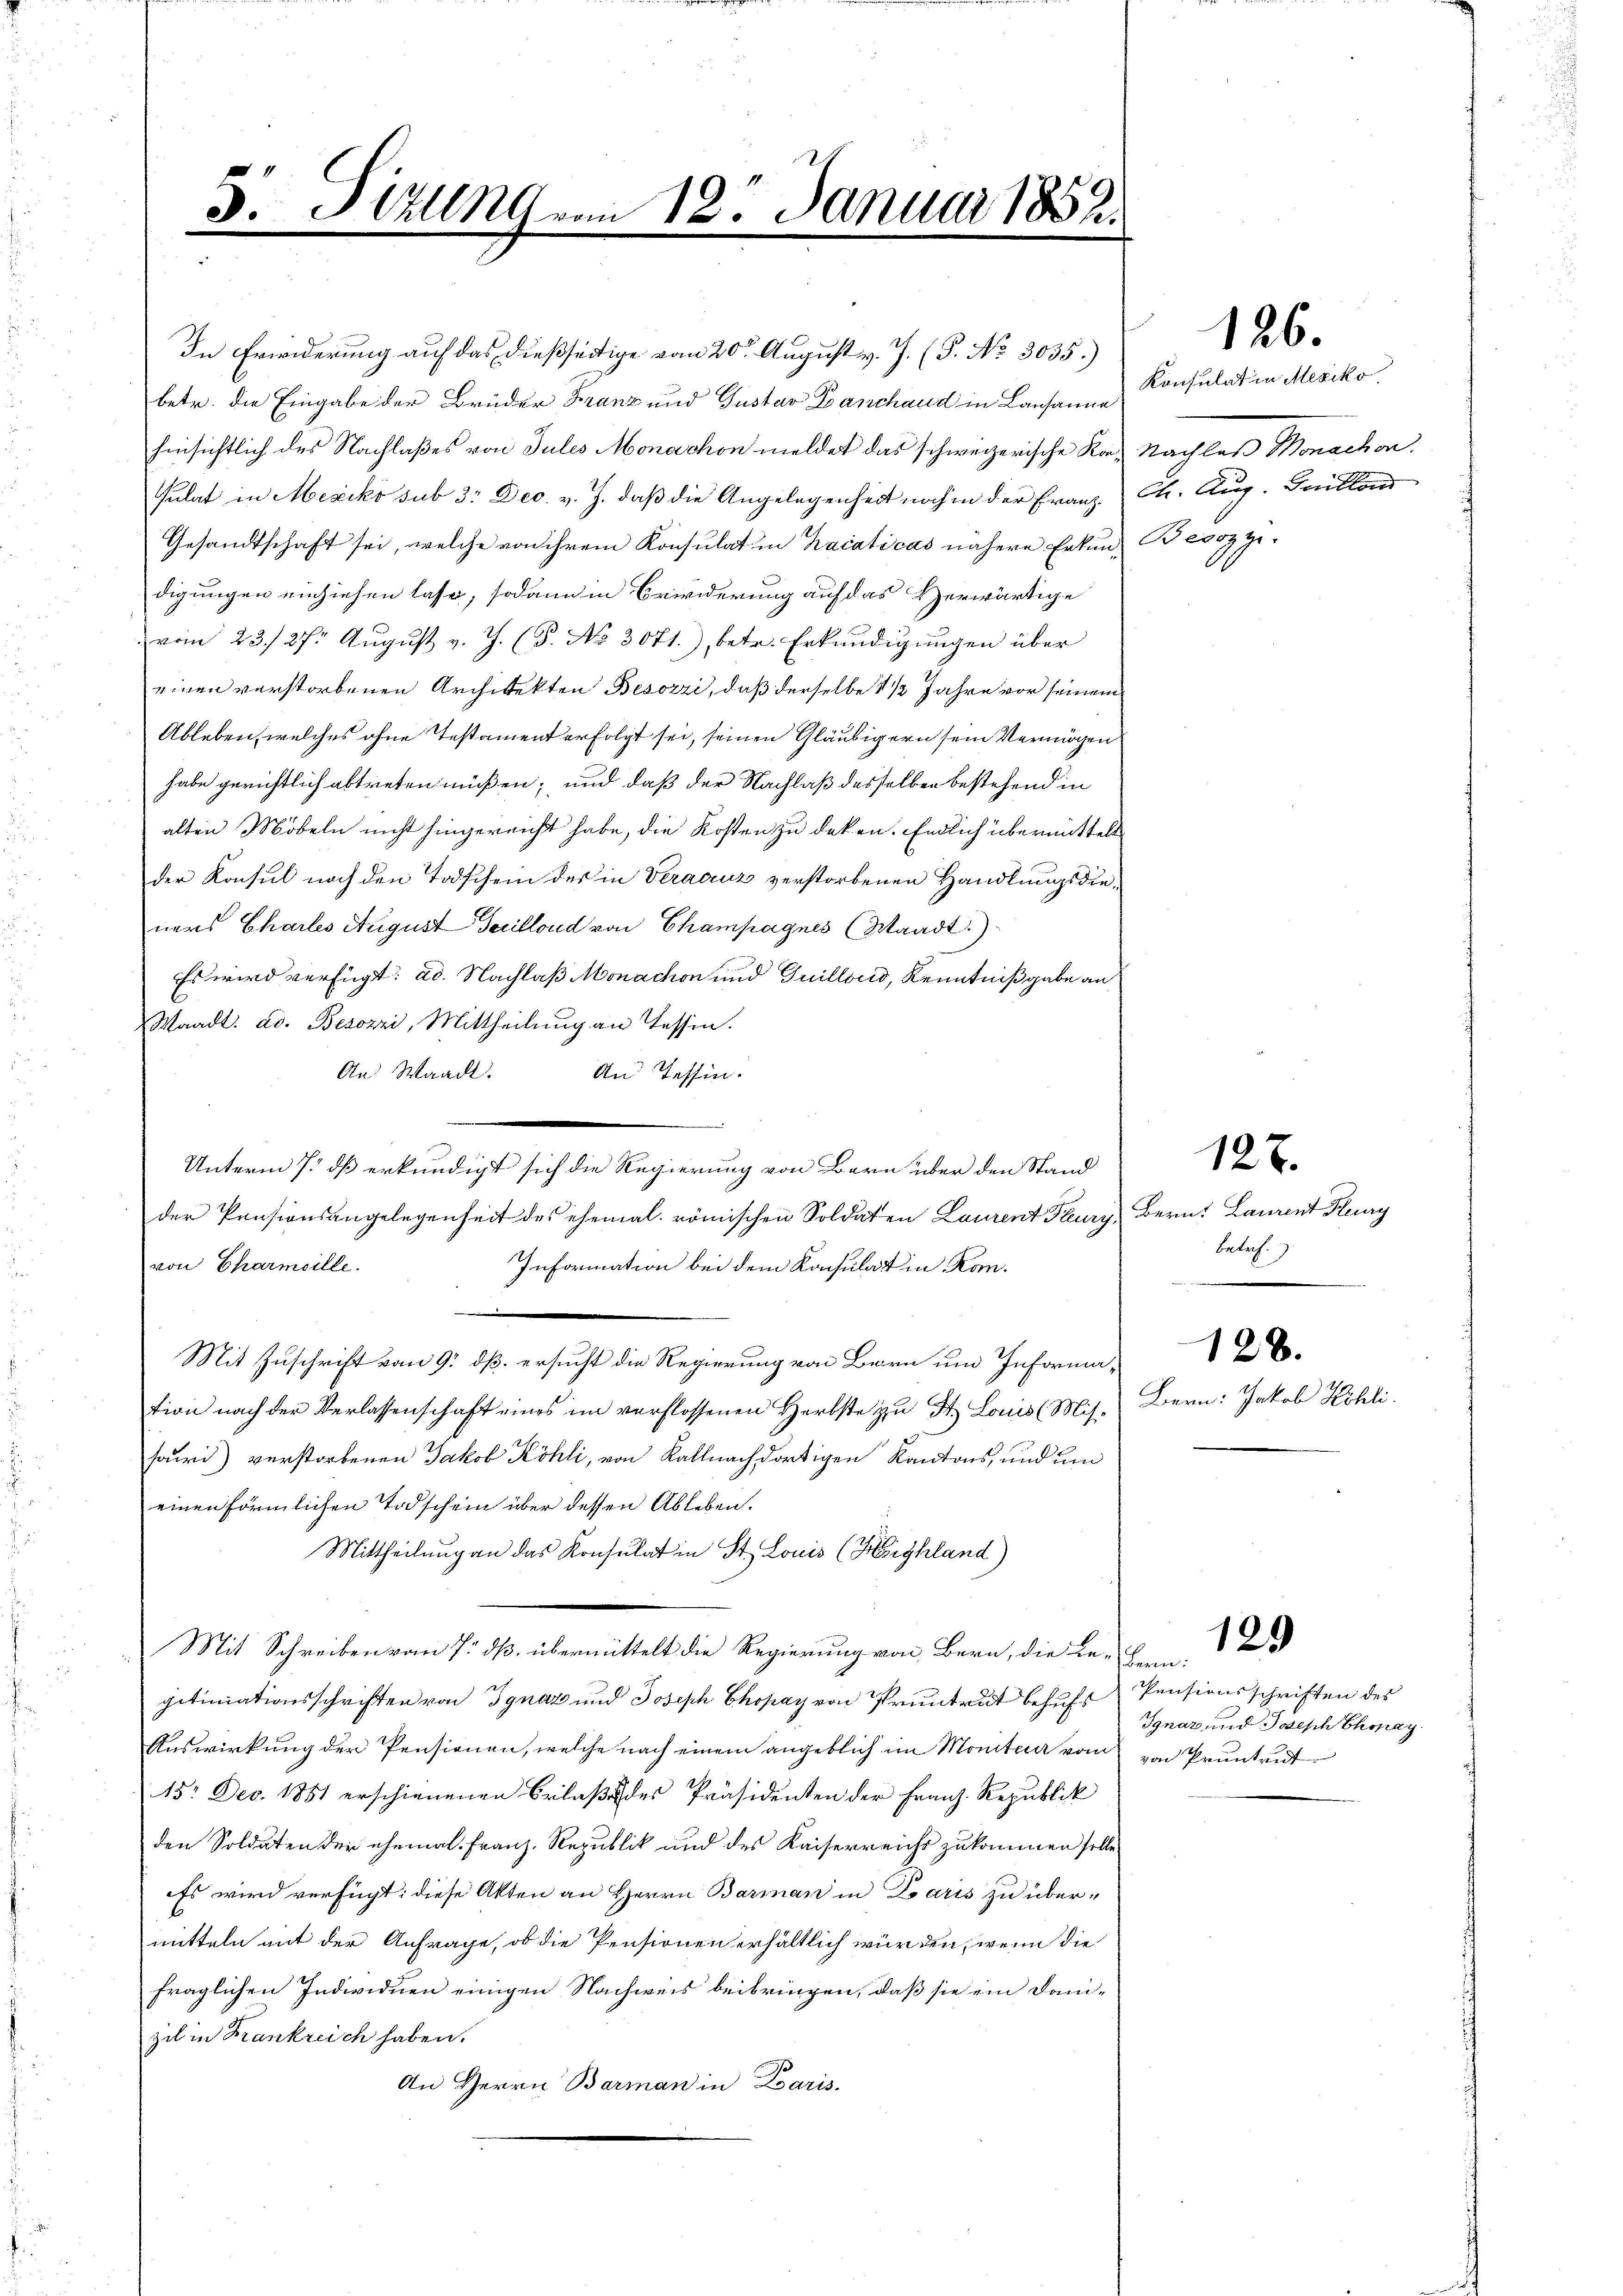
s
3. Stuung vom 18. Januar 1882.

Gesandtschaft sei, welche von ihrem Konsulat in Kaiaticas nähere Erkund Besozzi-
digungen einziehen lasse, sodann in Erwiderung auf das Herwärtige
vom 23./27. August v. J. (T. No 3071.), betr. Erkundigungen über
eigen verstorbenen Architekten Besozzi, daß derselbe 1 1/2 Jahre vor seinem
Ableben, welches ohne Testament erfolgt sei, seinen Gläubigern sein Vermögen
habe gerichtlich abtreten müßen; und daß der Nachlaß desselben bestehend in
alten Möbeln nicht hingereicht habe, die Kosten zu deken. Endlich übermittelt
der Konsul nach den Todschein der in Veraauz verstorbenen Handlungsdieners Chartes August Secillond von Champagnes (Waadt)
Es wird verfügt: ad. Nachlaß Monachon und Guillons, Kenntnißgabe an
Waadt. ad. Besozzi, Mittheilung an Tessin.
An Waadt. An Tessin.
iieder
der Pensionsangelegenheit des ehemal römischen Soldaten Laurent Flury, Bern, Laurent Kury
von Charmoille.
Information bei dem Konsulat in Kon¬
Mit Zuschrift von 9. dß. ersucht die Regierung von Bern um Information nach der Verlassenschaft eines im verflossenen Herbste zu St. Louis (Misfori) verstorbenen Jakob Köhli, von Kallnach dortigen Kantons, und um
einen förmlichen Todschein über dessen Ableben.
Mittheilung an das Konsulat in St. Louis (Highland)
Mit Schreiben vom 7. ds. übermittelt die Regierung von Bern, die Be- Bern:
gitimationsschriften von Ignaz und Joseph Chopay von Pruntrut behufs Pensionsschriften des
Auswirkung der Pensionen, welche nach einem angeblich im Monituer vom von Pruntrut
15. Dec. 1851 erschienenen Erlaße des Präsidenten der Franz-Republik
den Soldaten der ehemal Franz-Republik und des Kaiserreichs zukommen solle.
Es wird verfügt: diese Akten an Herrn Barman in Paris zu übermitteln mit der Anfrage, ob die Pensionen erhältlich würden, wenn die
fraglichen Individuen einigen Nachweis beibringen, daß sie ein Dani-
zil in Krankreich haben.
An Herrn Barman in Paris.

In Erwiderung auf das dießseitige vom 20. August v. J. (T. No. 3035.)
betr. die Eingabe der Brüder Franz und Gustav Banchaud in Lausanne
hinsichtlich des Nachlaßes von Jules Monarchon meldet das schweizerische Kor, Nachlaß Monachen,
sulat in Mexiko sub 3: Dec. v. J. daß die Angelegenheit noch in der Franz Ch. Aug. Guillan

Unterm 7. dß erkundigt sich die Regierung von Bern über den Stand

Konsulatin Mexiko

127.

126.

betref
.
128.
Bern: Jakob Köhli

Ignaz und Joseph Chopay

129